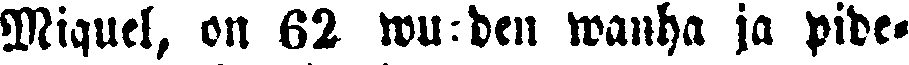
Miquel, on 62 wuoden wanha ja pide-